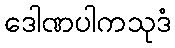
ဒေါဏပါကသုဒံ